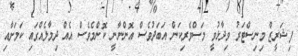
ފިޝަރީޒް މިނިސްޓަރު ވިދާޅުވީ މަސްވެރިކަން އަބަދުވެސް އޮންނާނީ ކޮންމެވެސް އެއް ދިމާލެއްގައި ކަމަށާއި